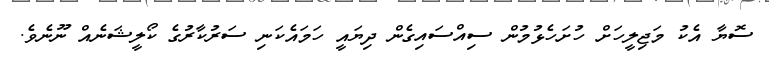
ސޮޔާ އެކު މަޖިލީހަށް ހުށަހެޅުމުން ސިއްސައިގެން ދިޔައީ ހަމައެކަނި ސަރުކާރުގެ ކޯލީޝަނެއް ނޫނެވެ.